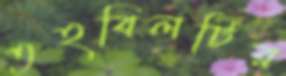
তহবিলটির